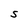
Character: S